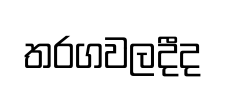
තරගවලදීද